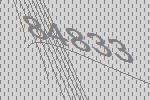
84833